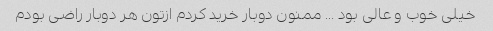
خیلی خوب و عالی بود … ممنون دوبار خرید کردم ازتون هر دوبار راضی بودم